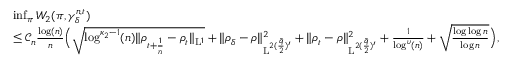
\begin{array} { r l } & { \operatorname* { i n f } _ { \pi } W _ { 2 } ( \pi , \gamma _ { \delta } ^ { n , t } ) } \\ & { \leq \mathcal { C } _ { n } \frac { \log ( n ) } { n } \Big ( \sqrt { \log ^ { \kappa _ { 2 } - 1 } ( n ) \| \rho _ { t + \frac { 1 } { n } } - \rho _ { t } \| _ { \mathrm { L } ^ { 1 } } } + \| \rho _ { \delta } - \rho \| _ { \mathrm { L } ^ { 2 ( \frac { \bar { q } } { 2 } ) ^ { \prime } } } ^ { 2 } + \| \rho _ { t } - \rho \| _ { \mathrm { L } ^ { 2 ( \frac { \bar { q } } { 2 } ) ^ { \prime } } } ^ { 2 } + \frac { 1 } { \log ^ { \upsilon } ( n ) } + \sqrt { \frac { \log \log n } { \log n } } \Big ) , } \end{array}